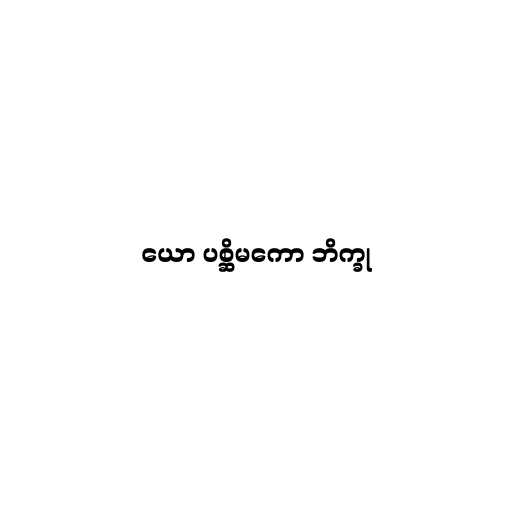
ယော ပစ္ဆိမကော ဘိက္ခု